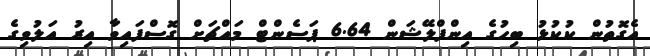
އެގޮތުން ކުކުޅު ބިހުގެ އިންފްލޭޝަން 6.64 ޕަސެންޓް މައްޗަށް ގޮސްފައިވާ އިރު އަލުވިގެ